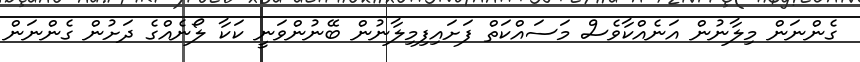
ގެންނަން މިލާނުން އަނެއްކާވެސް މަސައްކަތް ފަށައިފިމިލާނުން ބޭނުންވަނީ ކަކާ ލޯނެއްގެ ދަށުން ގެންނަން